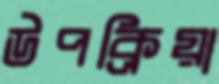
উপক্রিয়া